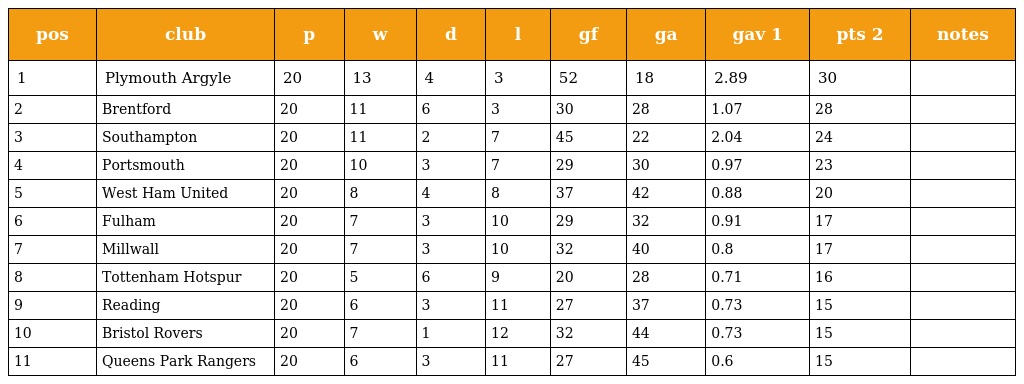
| pos | club | p | w | d | l | gf | ga | gav 1 | pts 2 | notes |
 | --- | --- | --- | --- | --- | --- | --- | --- | --- | --- | --- |
 | 1 | Plymouth Argyle | 20 | 13 | 4 | 3 | 52 | 18 | 2.89 | 30 |  |
 | 2 | Brentford | 20 | 11 | 6 | 3 | 30 | 28 | 1.07 | 28 |  |
 | 3 | Southampton | 20 | 11 | 2 | 7 | 45 | 22 | 2.04 | 24 |  |
 | 4 | Portsmouth | 20 | 10 | 3 | 7 | 29 | 30 | 0.97 | 23 |  |
 | 5 | West Ham United | 20 | 8 | 4 | 8 | 37 | 42 | 0.88 | 20 |  |
 | 6 | Fulham | 20 | 7 | 3 | 10 | 29 | 32 | 0.91 | 17 |  |
 | 7 | Millwall | 20 | 7 | 3 | 10 | 32 | 40 | 0.8 | 17 |  |
 | 8 | Tottenham Hotspur | 20 | 5 | 6 | 9 | 20 | 28 | 0.71 | 16 |  |
 | 9 | Reading | 20 | 6 | 3 | 11 | 27 | 37 | 0.73 | 15 |  |
 | 10 | Bristol Rovers | 20 | 7 | 1 | 12 | 32 | 44 | 0.73 | 15 |  |
 | 11 | Queens Park Rangers | 20 | 6 | 3 | 11 | 27 | 45 | 0.6 | 15 |  |